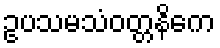
ဥပသမသံဝတ္တနိကေ